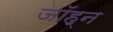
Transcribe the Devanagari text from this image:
जॉह्न